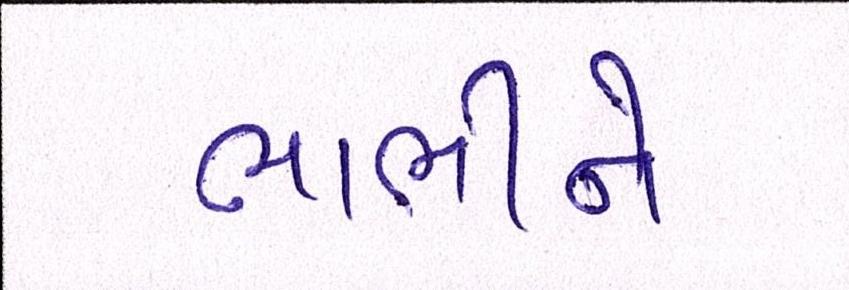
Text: ભાભીને